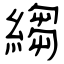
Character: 縐